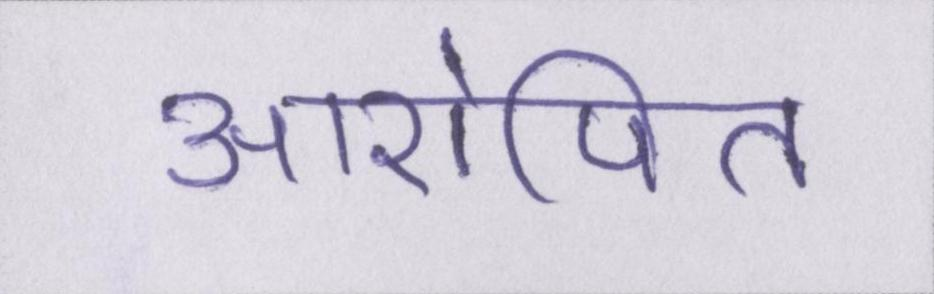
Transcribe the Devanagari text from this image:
आरोपित